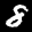
Label: 8